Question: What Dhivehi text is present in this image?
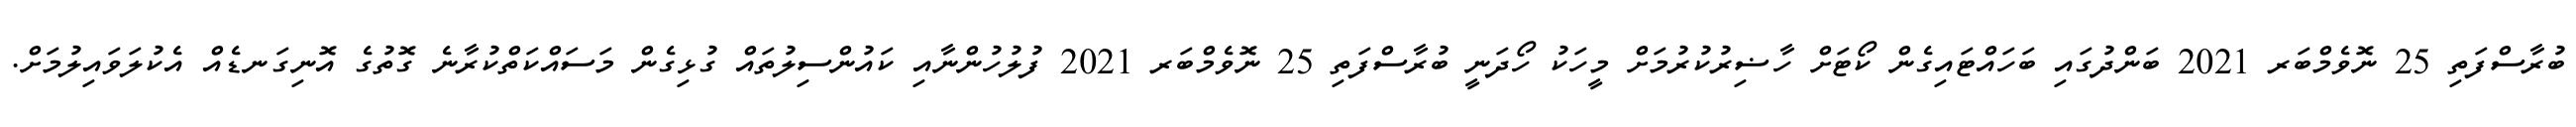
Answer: ބުރާސްފަތި 25 ނޮވެމްބަރ 2021 ބަންދުގައި ބަހައްޓައިގެން ކޯޓަށް ހާޟިރުކުރުމަށް މީހަކު ހޯދަނީ ބުރާސްފަތި 25 ނޮވެމްބަރ 2021 ފުލުހުންނާއި ކައުންސިލުތައް ގުޅިގެން މަސައްކަތްކުރާނެ ގޮތުގެ އޮނިގަނޑެއް އެކުލަވައިލުމަށް.